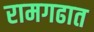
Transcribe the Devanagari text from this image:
रामगढात